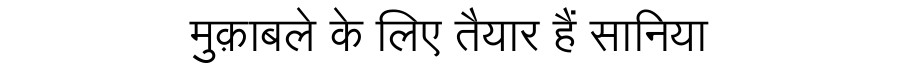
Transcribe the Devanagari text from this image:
मुक़ाबले के लिए तैयार हैं सानिया